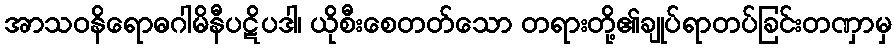
အာသဝနိရောဓဂါမိနီပဋိပဒါ၊ ယိုစီးစေတတ်သော တရားတို့၏ချုပ်ရာတပ်ခြင်းတဏှာမှ